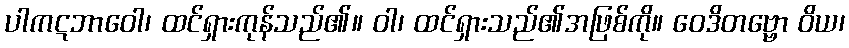
ပါကဋဘာဝေါ၊ ထင်ရှားကုန်သည်၏။ ဝါ၊ ထင်ရှားသည်၏အဖြစ်ကို။ ဝေဒိတဗ္ဗော ဝိယ၊